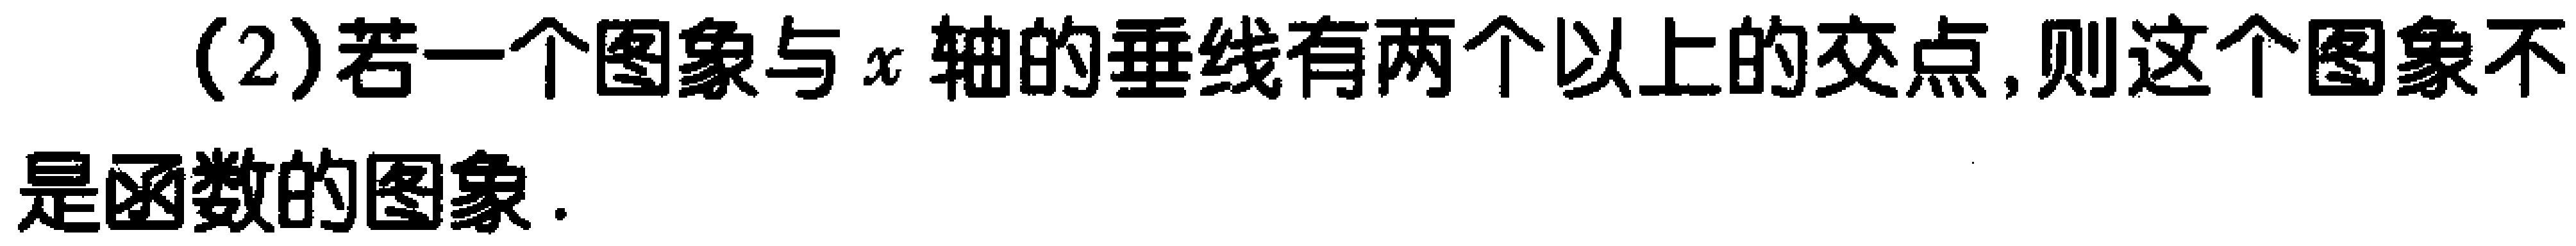
(2)若一个图象与\(x\)轴的垂线有两个以上的交点,则这个图象不是函数的图象.